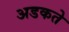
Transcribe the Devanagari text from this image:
अडकते